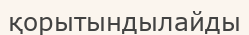
қорытындылайды